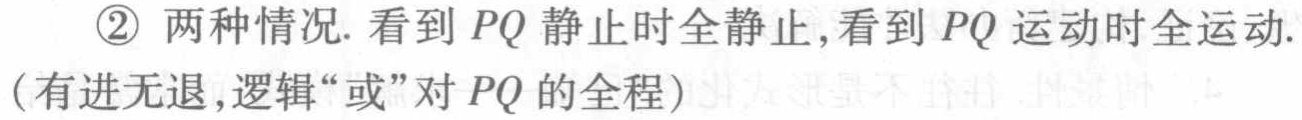
\textcircled{2} 两种情况. 看到 \(PQ\) 静止时全静止,看到 \(PQ\) 运动时全运动.（有进无退,逻辑“或”对 \(PQ\) 的全程）